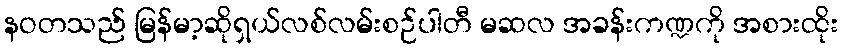
နဝတသည် မြန်မာ့ဆိုရှယ်လစ်လမ်းစဉ်ပါတီ မဆလ အခန်းကဏ္ဍကို အစားထိုး